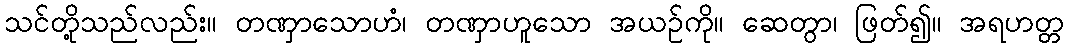
သင်တို့သည်လည်း။ တဏှာသောဟံ၊ တဏှာဟူသော အယဉ်ကို။ ဆေတွာ၊ ဖြတ်၍။ အရဟတ္တ